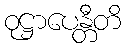
ဝုဋ္ဌာပေန္တီတိ